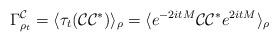
LaTeX: \begin{align*}\Gamma_{\rho_t}^{\mathcal{C}} = \langle \tau_t(\mathcal{C} \mathcal{C}^*) \rangle_{\rho} = \langle e^{-2it M} \mathcal{C} \mathcal{C}^* e^{2it M} \rangle_{\rho}\end{align*}